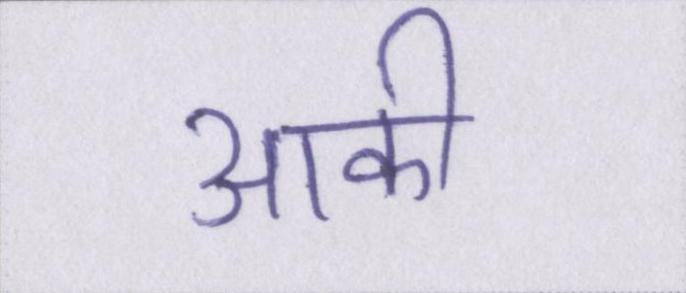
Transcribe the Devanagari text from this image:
आकी